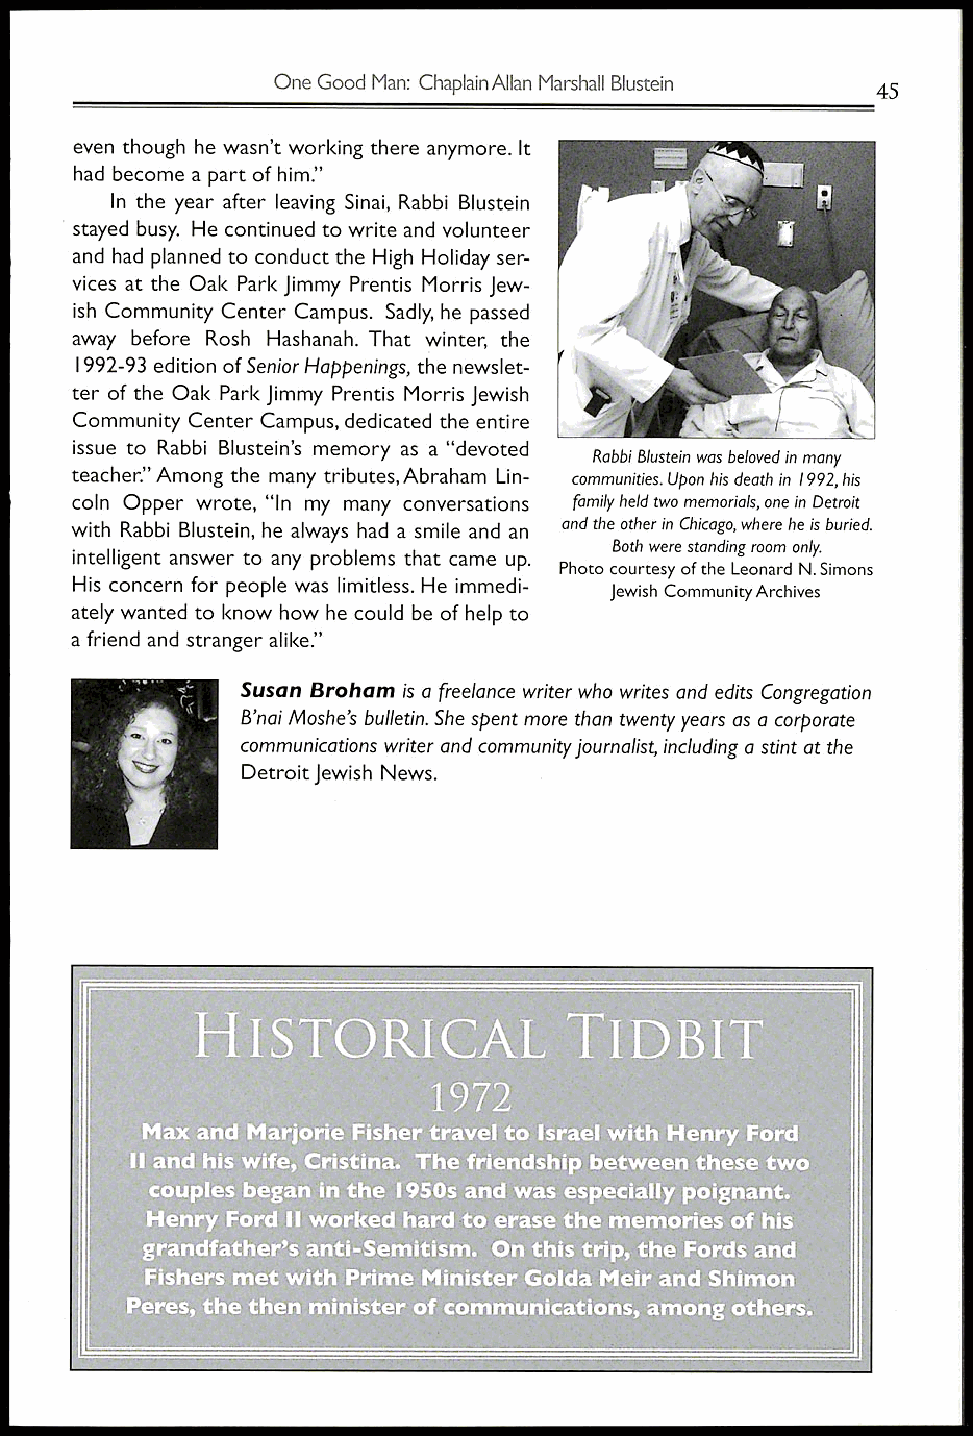
One Good Man: Chaplain Allan Marshall Blustein
 45
 even though he wasn't working there anymore. It
 had become a part of him."
 In the year after leaving Sinai, Rabbi Blustein
 stayed busy. He continued to write and volunteer
 and had planned to conduct the High Holiday ser-
 vices at the Oak Park Jimmy Prentis Morris Jew-
 ish Community Center Campus. Sadly, he passed
 away before Rosh Hashanah. That winter, the
 1992-93 edition of Senior Happenings, the newslet-
 ter of the Oak Park Jimmy Prentis Morris Jewish
 Community Center Campus, dedicated the entire
 issue to Rabbi Blustein's memory as a "devoted
 Rabbi Blustein was beloved in many
 teacher." Among the many tributes, Abraham Lin- communities. Upon his death in 1992, his
 coln Opper wrote, "In my many conversations family held two memorials, one in Detroit
 with Rabbi Blustein, he always had a smile and an and the other in Chicago, where he is buried.
 Both were standing room only.
 intelligent answer to any problems that came up.
 Photo courtesy of the Leonard N. Simons
 His concern for people was limitless. He immedi-
 Jewish Community Archives
 ately wanted to know how he could be of help to
 a friend and stranger alike."
 Susan Broham is a freelance writer who writes and edits Congregation
 B'nai Moshe's bulletin. She spent more than twenty years as a corporate
 communications writer and community journalist, including a stint at the
 Detroit Jewish News.
 HISTORICAL              TIDBIT
 1972
 Max and Marjorie Fisher travel to Israel with Henry Ford
 11 and his wife, Cristina. The friendship between these two
 couples began in the 1950s and was especially poignant.
 Henry Ford II worked hard to erase the memories of his
 grandfather's anti-Semitism. On this trip, the Fords and
 Fishers met with Prime Minister Golda Meir and Shimon
 Peres, the then minister of communications, among others.